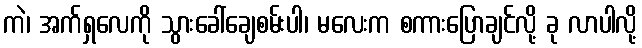
ကဲ၊ အက်ရှလေကို သွားခေါ်ချေစမ်းပါ၊ မလေးက စကားပြောချင်လို့ ခု လာပါလို့